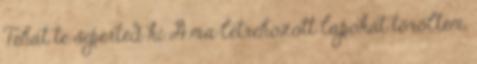
Tehát te seperted ki A ma létrehozott lapokat töröltem,